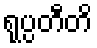
ရုပ္ပတီတိ